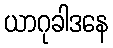
ယာဂုခါဒနေ